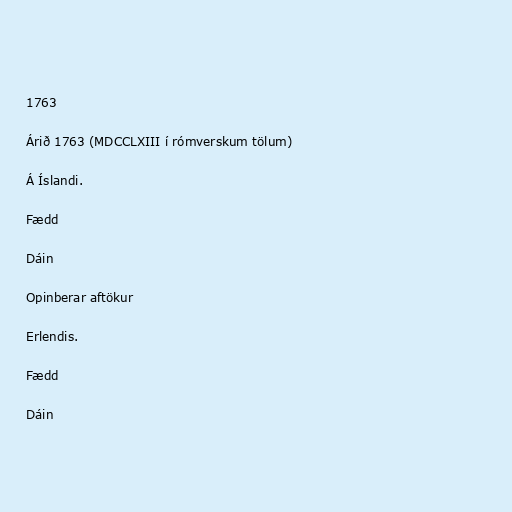
1763

Árið 1763 (MDCCLXIII í rómverskum tölum)

Á Íslandi.

Fædd

Dáin

Opinberar aftökur

Erlendis.

Fædd

Dáin